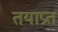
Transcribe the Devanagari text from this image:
तयाप्रत